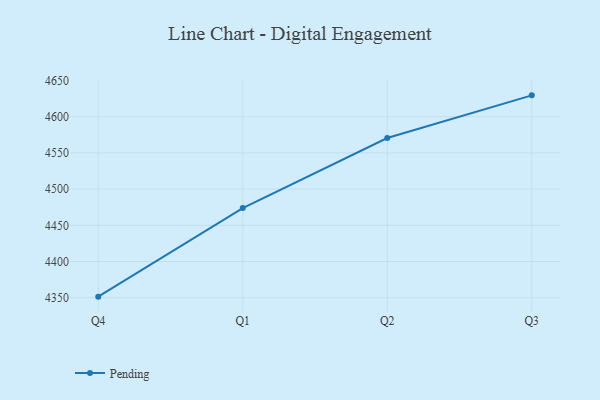
{"axis": {"x": "Quarter", "y": "Net Income (USD K)"}, "legend": ["Pending"], "data": [{"x": "Q4", "y": 4351.5, "type": "Pending"}, {"x": "Q1", "y": 4473.8, "type": "Pending"}, {"x": "Q2", "y": 4570.5, "type": "Pending"}, {"x": "Q3", "y": 4629.4, "type": "Pending"}]}